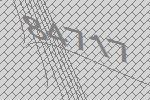
84717